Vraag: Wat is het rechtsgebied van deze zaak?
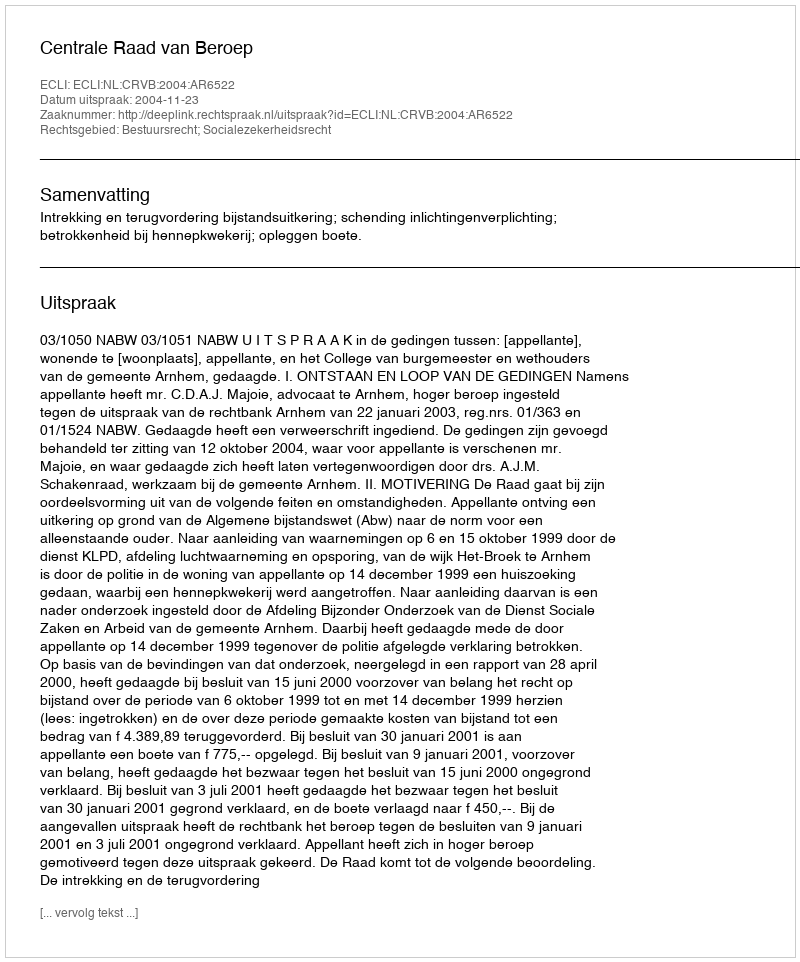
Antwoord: Bestuursrecht; Socialezekerheidsrecht